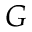
G